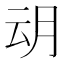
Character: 𭨨